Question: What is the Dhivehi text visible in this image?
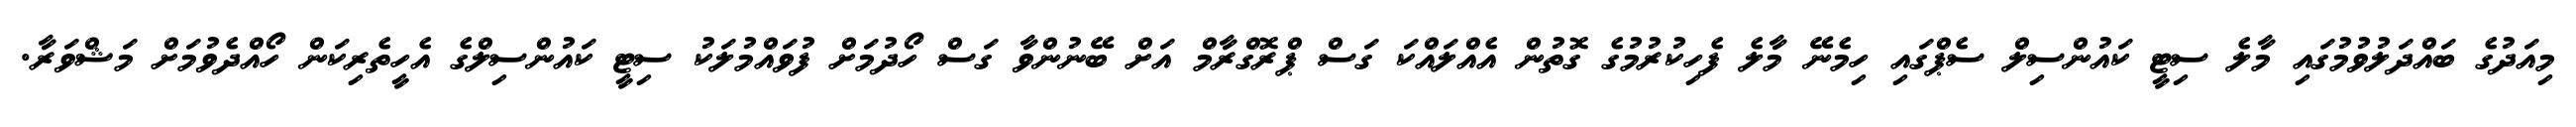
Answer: މިއަދުގެ ބައްދަލުވުމުގައި މާލެ ސިޓީ ކައުންސިލް ސެޕްގައި ހިމެނޭ މާލެ ފެހިކުރުމުގެ ގޮތުން އެއްލައްކަ ގަސް ޕްރޮގްރާމް އަށް ބޭނުންވާ ގަސް ހޯދުމަށް ފުވައްމުލަކު ސިޓީ ކައުންސިލްގެ އެހީތެރިކަން ހޯއްދެވުމަށް މަޝްވަރާ.